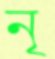
নৃ